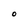
Character: O